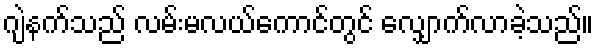
ဂျဲနက်သည် လမ်းမလယ်ကောင်တွင် လျှောက်လာခဲ့သည်။